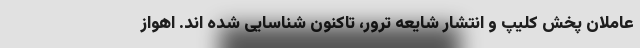
عاملان پخش کلیپ و انتشار شایعه ترور، تاکنون شناسایی شده اند. اهواز